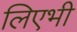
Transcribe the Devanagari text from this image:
लिएभी